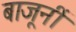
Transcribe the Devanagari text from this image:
बाजूनीं